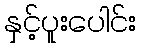
နှင့်ပူးပေါင်း